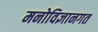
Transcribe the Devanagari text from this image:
मनोविज्ञानगत